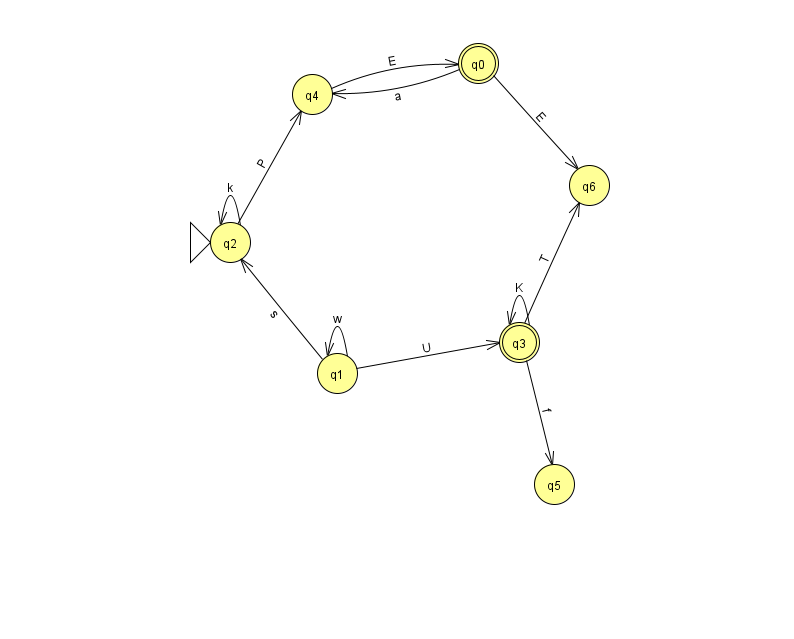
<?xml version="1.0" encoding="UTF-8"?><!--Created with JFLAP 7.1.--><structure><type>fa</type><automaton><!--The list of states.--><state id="0" name="q0"><x>478.0</x><y>50.0</y><final/></state><state id="1" name="q1"><x>337.0</x><y>360.0</y></state><state id="2" name="q2"><x>230.0</x><y>229.0</y><initial/></state><state id="3" name="q3"><x>519.0</x><y>329.0</y><final/></state><state id="4" name="q4"><x>312.0</x><y>81.0</y></state><state id="5" name="q5"><x>554.0</x><y>471.0</y></state><state id="6" name="q6"><x>589.0</x><y>172.0</y></state><!--The list of transitions.--><transition><from>4</from><to>0</to><read>E</read></transition><transition><from>0</from><to>4</to><read>a</read></transition><transition><from>1</from><to>3</to><read>U</read></transition><transition><from>1</from><to>1</to><read>w</read></transition><transition><from>2</from><to>4</to><read>P</read></transition><transition><from>2</from><to>2</to><read>k</read></transition><transition><from>3</from><to>3</to><read>K</read></transition><transition><from>3</from><to>5</to><read>f</read></transition><transition><from>3</from><to>6</to><read>T</read></transition><transition><from>0</from><to>6</to><read>E</read></transition><transition><from>1</from><to>2</to><read>s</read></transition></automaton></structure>